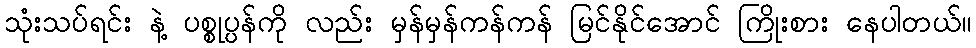
သုံးသပ်ရင်း နဲ့ ပစ္စုပ္ပန်ကို လည်း မှန်မှန်ကန်ကန် မြင်နိုင်အောင် ကြိုးစား နေပါတယ်။